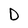
Character: D